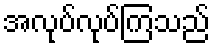
အလုပ်လုပ်ကြသည်